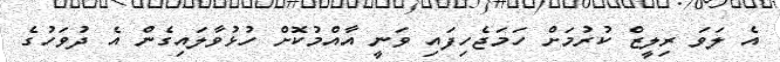
އެ ލަވަ ރިލީޒް ކުރުމަށް ހަމަޖެހިފައި ވަނީ އާއްމުކޮށް ހުޅުވާލައިގެން އެ ދުވަހުގެ